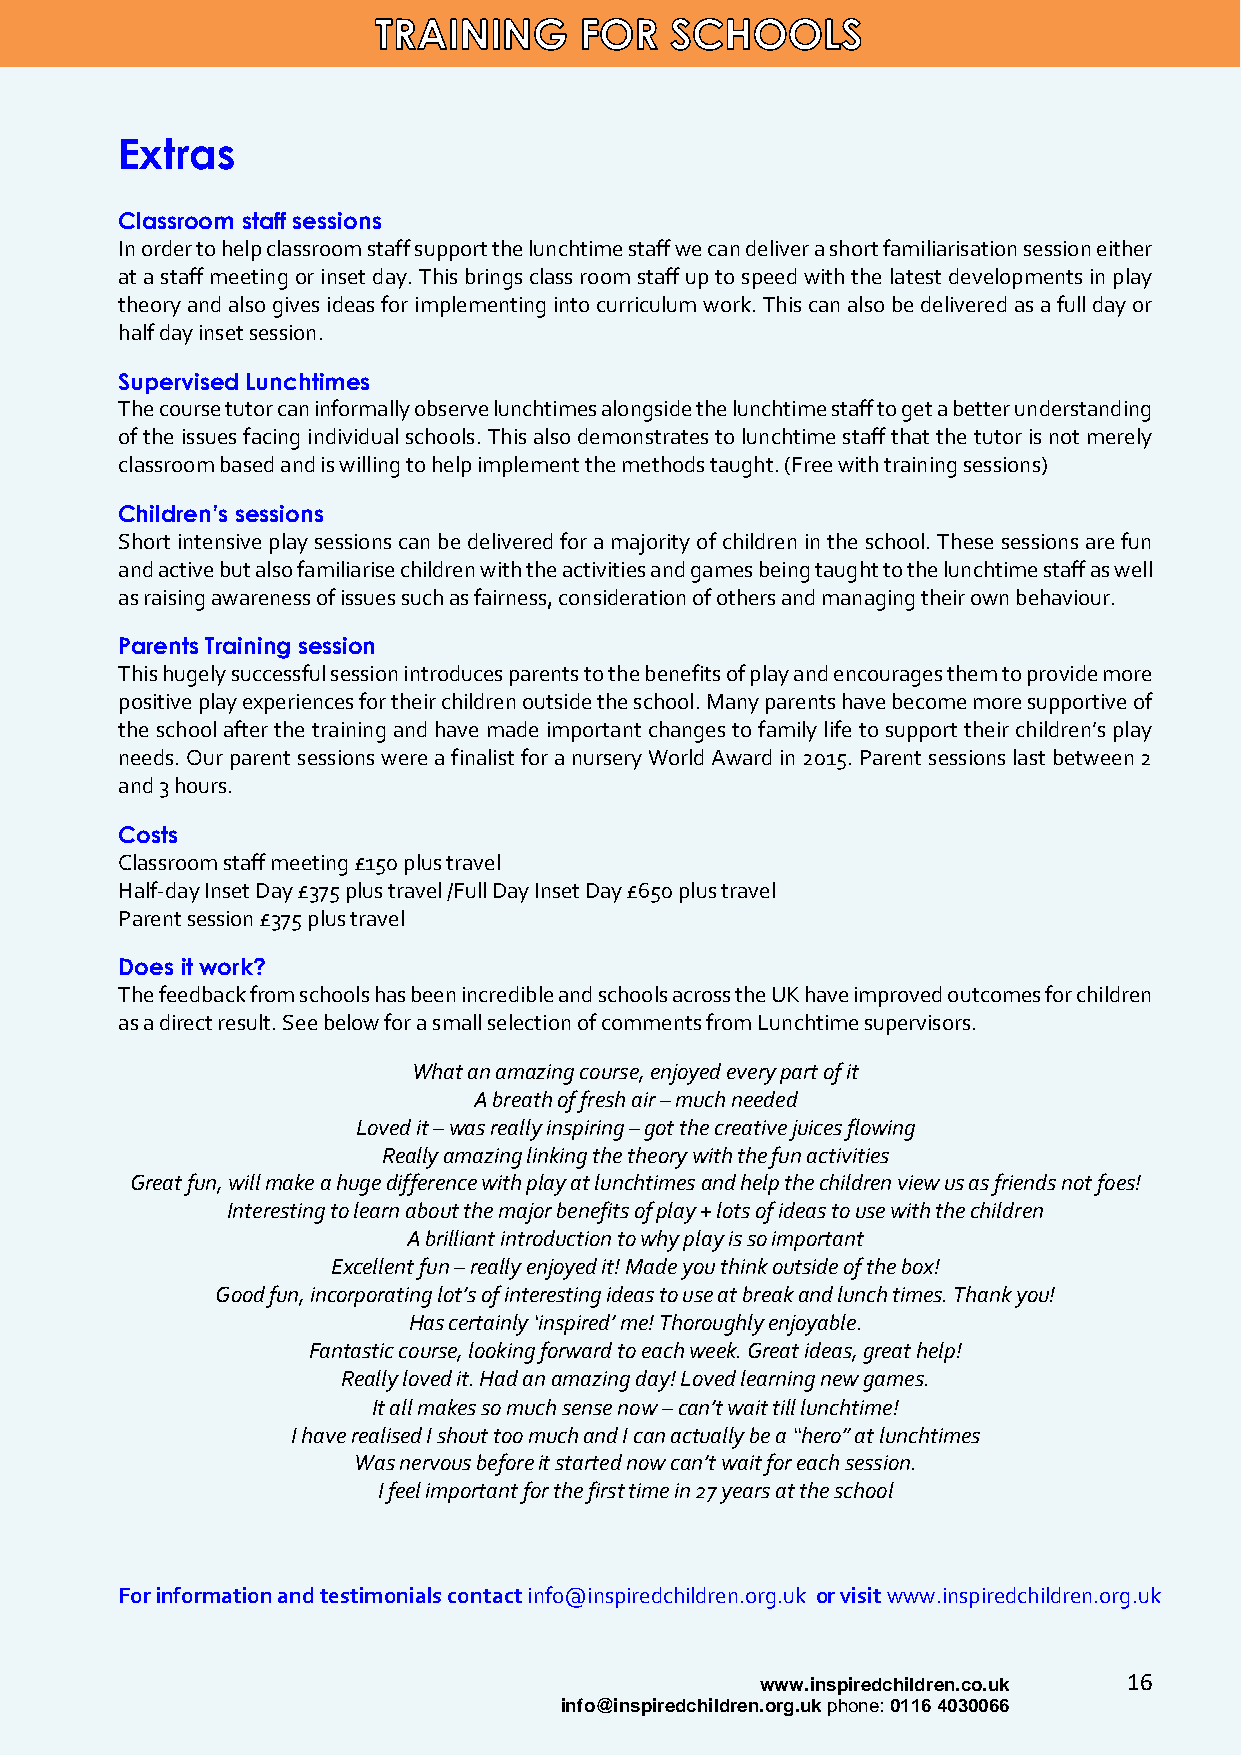
Extras
 Classroom staff sessions
 In order to help classroom staff support the lunchtime staff we can deliver a short familiarisation session either
 at a staff meeting or inset day. This brings class room staff up to speed with the latest developments in play
 theory and also gives ideas for implementing into curriculum work. This can also be delivered as a full day or
 half day inset session.
 Supervised Lunchtimes
 The course tutor can informally observe lunchtimes alongside the lunchtime staff to get a better understanding
 of the issues facing individual schools. This also demonstrates to lunchtime staff that the tutor is not merely
 classroom based and is willing to help implement the methods taught. (Free with training sessions)
 Children’s sessions
 Short intensive play sessions can be delivered for a majority of children in the school. These sessions are fun
 and active but also familiarise children with the activities and games being taught to the lunchtime staff as well
 as raising awareness of issues such as fairness, consideration of others and managing their own behaviour.
 Parents Training session
 This hugely successful session introduces parents to the benefits of play and encourages them to provide more
 positive play experiences for their children outside the school. Many parents have become more supportive of
 the school after the training and have made important changes to family life to support their children’s play
 needs. Our parent sessions were a finalist for a nursery World Award in 2015. Parent sessions last between 2
 and 3 hours.
 Costs
 Classroom staff meeting £150 plus travel
 Half-day Inset Day £375 plus travel /Full Day Inset Day £650 plus travel
 Parent session £375 plus travel
 Does it work?
 The feedback from schools has been incredible and schools across the UK have improved outcomes for children
 as a direct result. See below for a small selection of comments from Lunchtime supervisors.
 What an amazing course, enjoyed every part of it
 A breath of fresh air – much needed
 Loved it – was really inspiring – got the creative juices flowing
 Really amazing linking the theory with the fun activities
 Great fun, will make a huge difference with play at lunchtimes and help the children view us as friends not foes!
 Interesting to learn about the major benefits of play + lots of ideas to use with the children
 A brilliant introduction to why play is so important
 Excellent fun – really enjoyed it! Made you think outside of the box!
 Good fun, incorporating lot’s of interesting ideas to use at break and lunch times. Thank you!
 Has certainly ‘inspired’ me! Thoroughly enjoyable.
 Fantastic course, looking forward to each week. Great ideas, great help!
 Really loved it. Had an amazing day! Loved learning new games.
 It all makes so much sense now – can’t wait till lunchtime!
 I have realised I shout too much and I can actually be a “hero” at lunchtimes
 Was nervous before it started now can’t wait for each session.
 I feel important for the first time in 27 years at the school
 For information and testimonials contact info@inspiredchildren.org.uk or visit www.inspiredchildren.org.uk
 www.inspiredchildren.co.uk 16
 info@inspiredchildren.org.uk phone: 0116 4030066